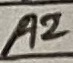
Text: A2